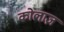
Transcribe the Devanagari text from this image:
कोलाज़